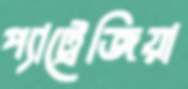
প্যাট্রেজিয়া